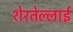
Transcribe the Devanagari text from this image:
शेरतेल्लाई